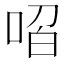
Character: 𭈋